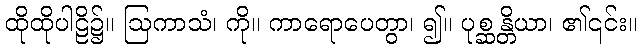
ထိုထိုပါဠိ၌။ ဩကာသံ၊ ကို။ ကာရောပေတွာ၊ ၍။ ပုစ္ဆန္တိယာ၊ ၏၎င်း။